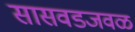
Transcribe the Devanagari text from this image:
सासवडजवळ